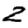
Digit: 2